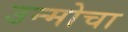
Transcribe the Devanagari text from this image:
उन्मोचा